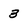
Character: 3